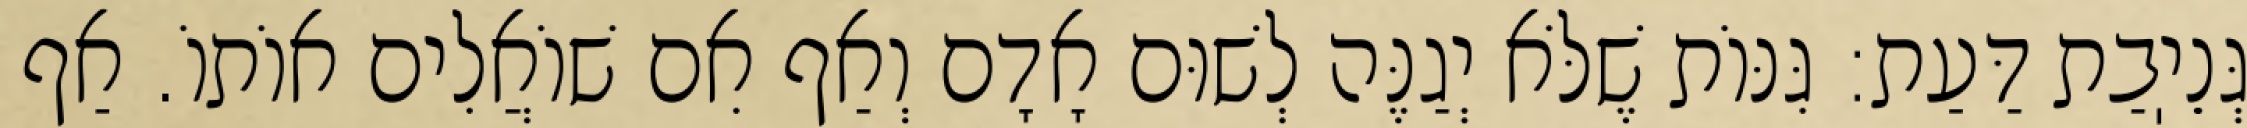
גְּנֵיֽבַת דַּעַת: גִּנּוֹת שֶׁלֹּא יְגַנֶּה לְשׁוּם אָדָם וְאַף אִם שׁוֹאֲלִים אוֹתוֹ. אַף